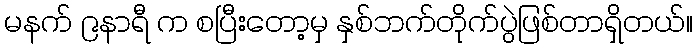
မနက် ၉နာရီ က စပြီးတော့မှ နှစ်ဘက်တိုက်ပွဲဖြစ်တာရှိတယ်။